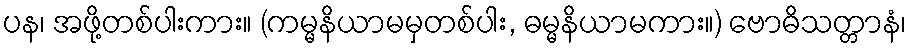
ပန၊ အဖို့တစ်ပါးကား။ (ကမ္မနိယာမမှတစ်ပါး, ဓမ္မနိယာမကား။) ဗောဓိသတ္တာနံ၊